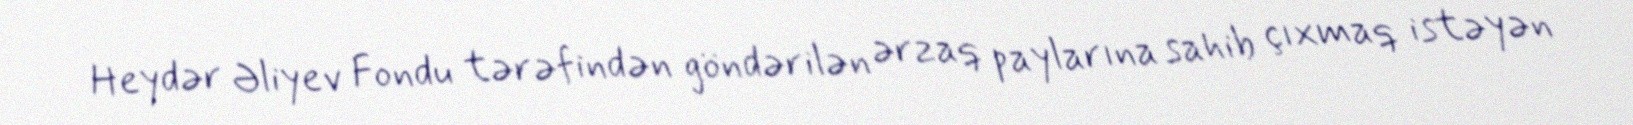
Heydər Əliyev Fondu tərəfindən göndərilən ərzaq paylarına sahib çıxmaq istəyən